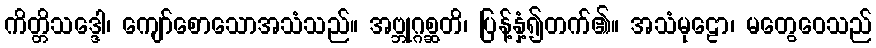
ကိတ္တိသဒ္ဒေါ၊ ကျော်စောသောအသံသည်။ အဗ္ဘုဂ္ဂစ္ဆတိ၊ ပြန့်နှံ့၍တက်၏။ အသံမုဠော၊ မတွေဝေသည်